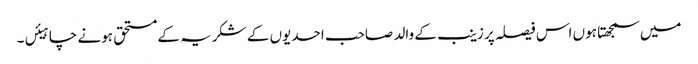
میں سمجھتا ہوں اس فیصلہ پر زینب کے والد صاحب احدیوں کے شکریہ کے مستحق ہونے چاہیئں۔